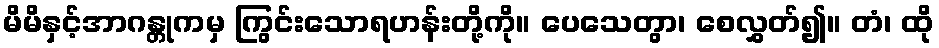
မိမိနှင့်အာဂန္တုကမှ ကြွင်းသောရဟန်းတို့ကို။ ပေသေတွာ၊ စေလွှတ်၍။ တံ၊ ထို